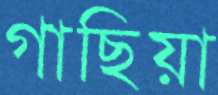
গাছিয়া